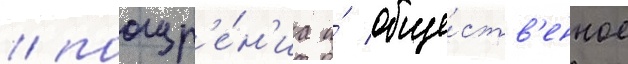
/ поощр'е́н'иа и́ обще́ств'енное